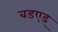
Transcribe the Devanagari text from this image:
बडएड्